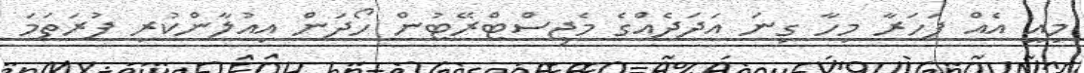
މިއީ އެއް ފަހަރާ މިހާ ގިނަ އަދަދެއްގެ މެޖިސްޓްރޭޓުން ހޯދަން އިއުލާންކުރި ފުރަތަމަ